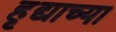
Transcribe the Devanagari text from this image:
हृद्याच्या